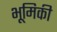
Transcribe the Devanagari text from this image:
भूमिकी